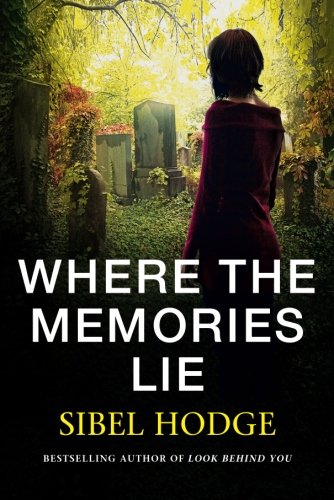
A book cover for Where the Memories Lie; Sibel Hodge; Mystery, Thriller & Suspense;